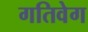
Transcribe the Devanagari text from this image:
गतिवेग